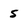
Character: 5